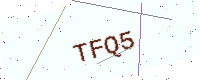
Text: TFQ5